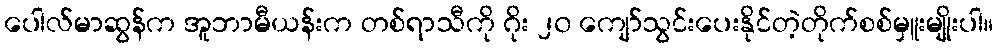
ပေါလ်မာဆွန်က အူဘာမီယန်းက တစ်ရာသီကို ဂိုး ၂၀ ကျော်သွင်းပေးနိုင်တဲ့တိုက်စစ်မှူးမျိုးပါ။